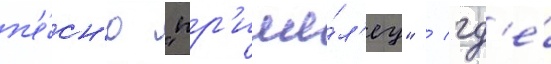
п'е́сн'ю "пр'ише́л'ец" / гд'е́